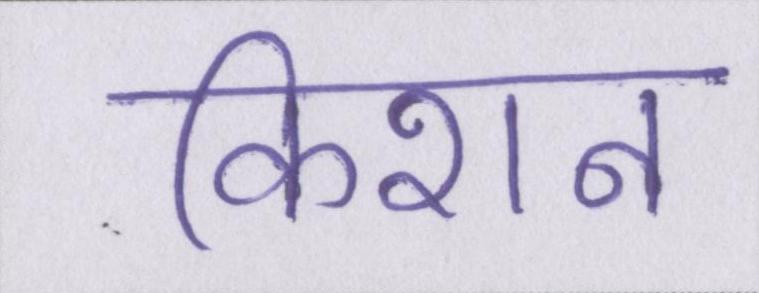
किशन